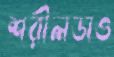
শরীলডাও